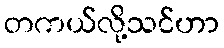
တကယ်လို့သင်ဟာ